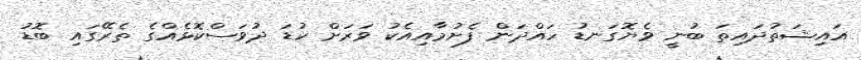
އައިޝަތުދައިތަ ބުނީ ވެޔޮގަނޑު ހައްދަން ފެށުމާއިއެކު ވަރަށް ކުޑަ ދުވަސްކޮޅެއްގެ ތެރޭގައި ބޮޑު